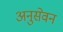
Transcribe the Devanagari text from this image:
अनुसेवन